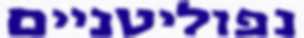
נפוליטניים